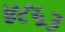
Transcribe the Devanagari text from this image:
४८५३